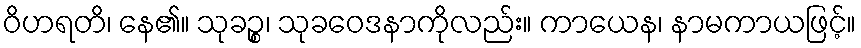
ဝိဟရတိ၊ နေ၏။ သုခဉ္စ၊ သုခဝေဒနာကိုလည်း။ ကာယေန၊ နာမကာယဖြင့်။